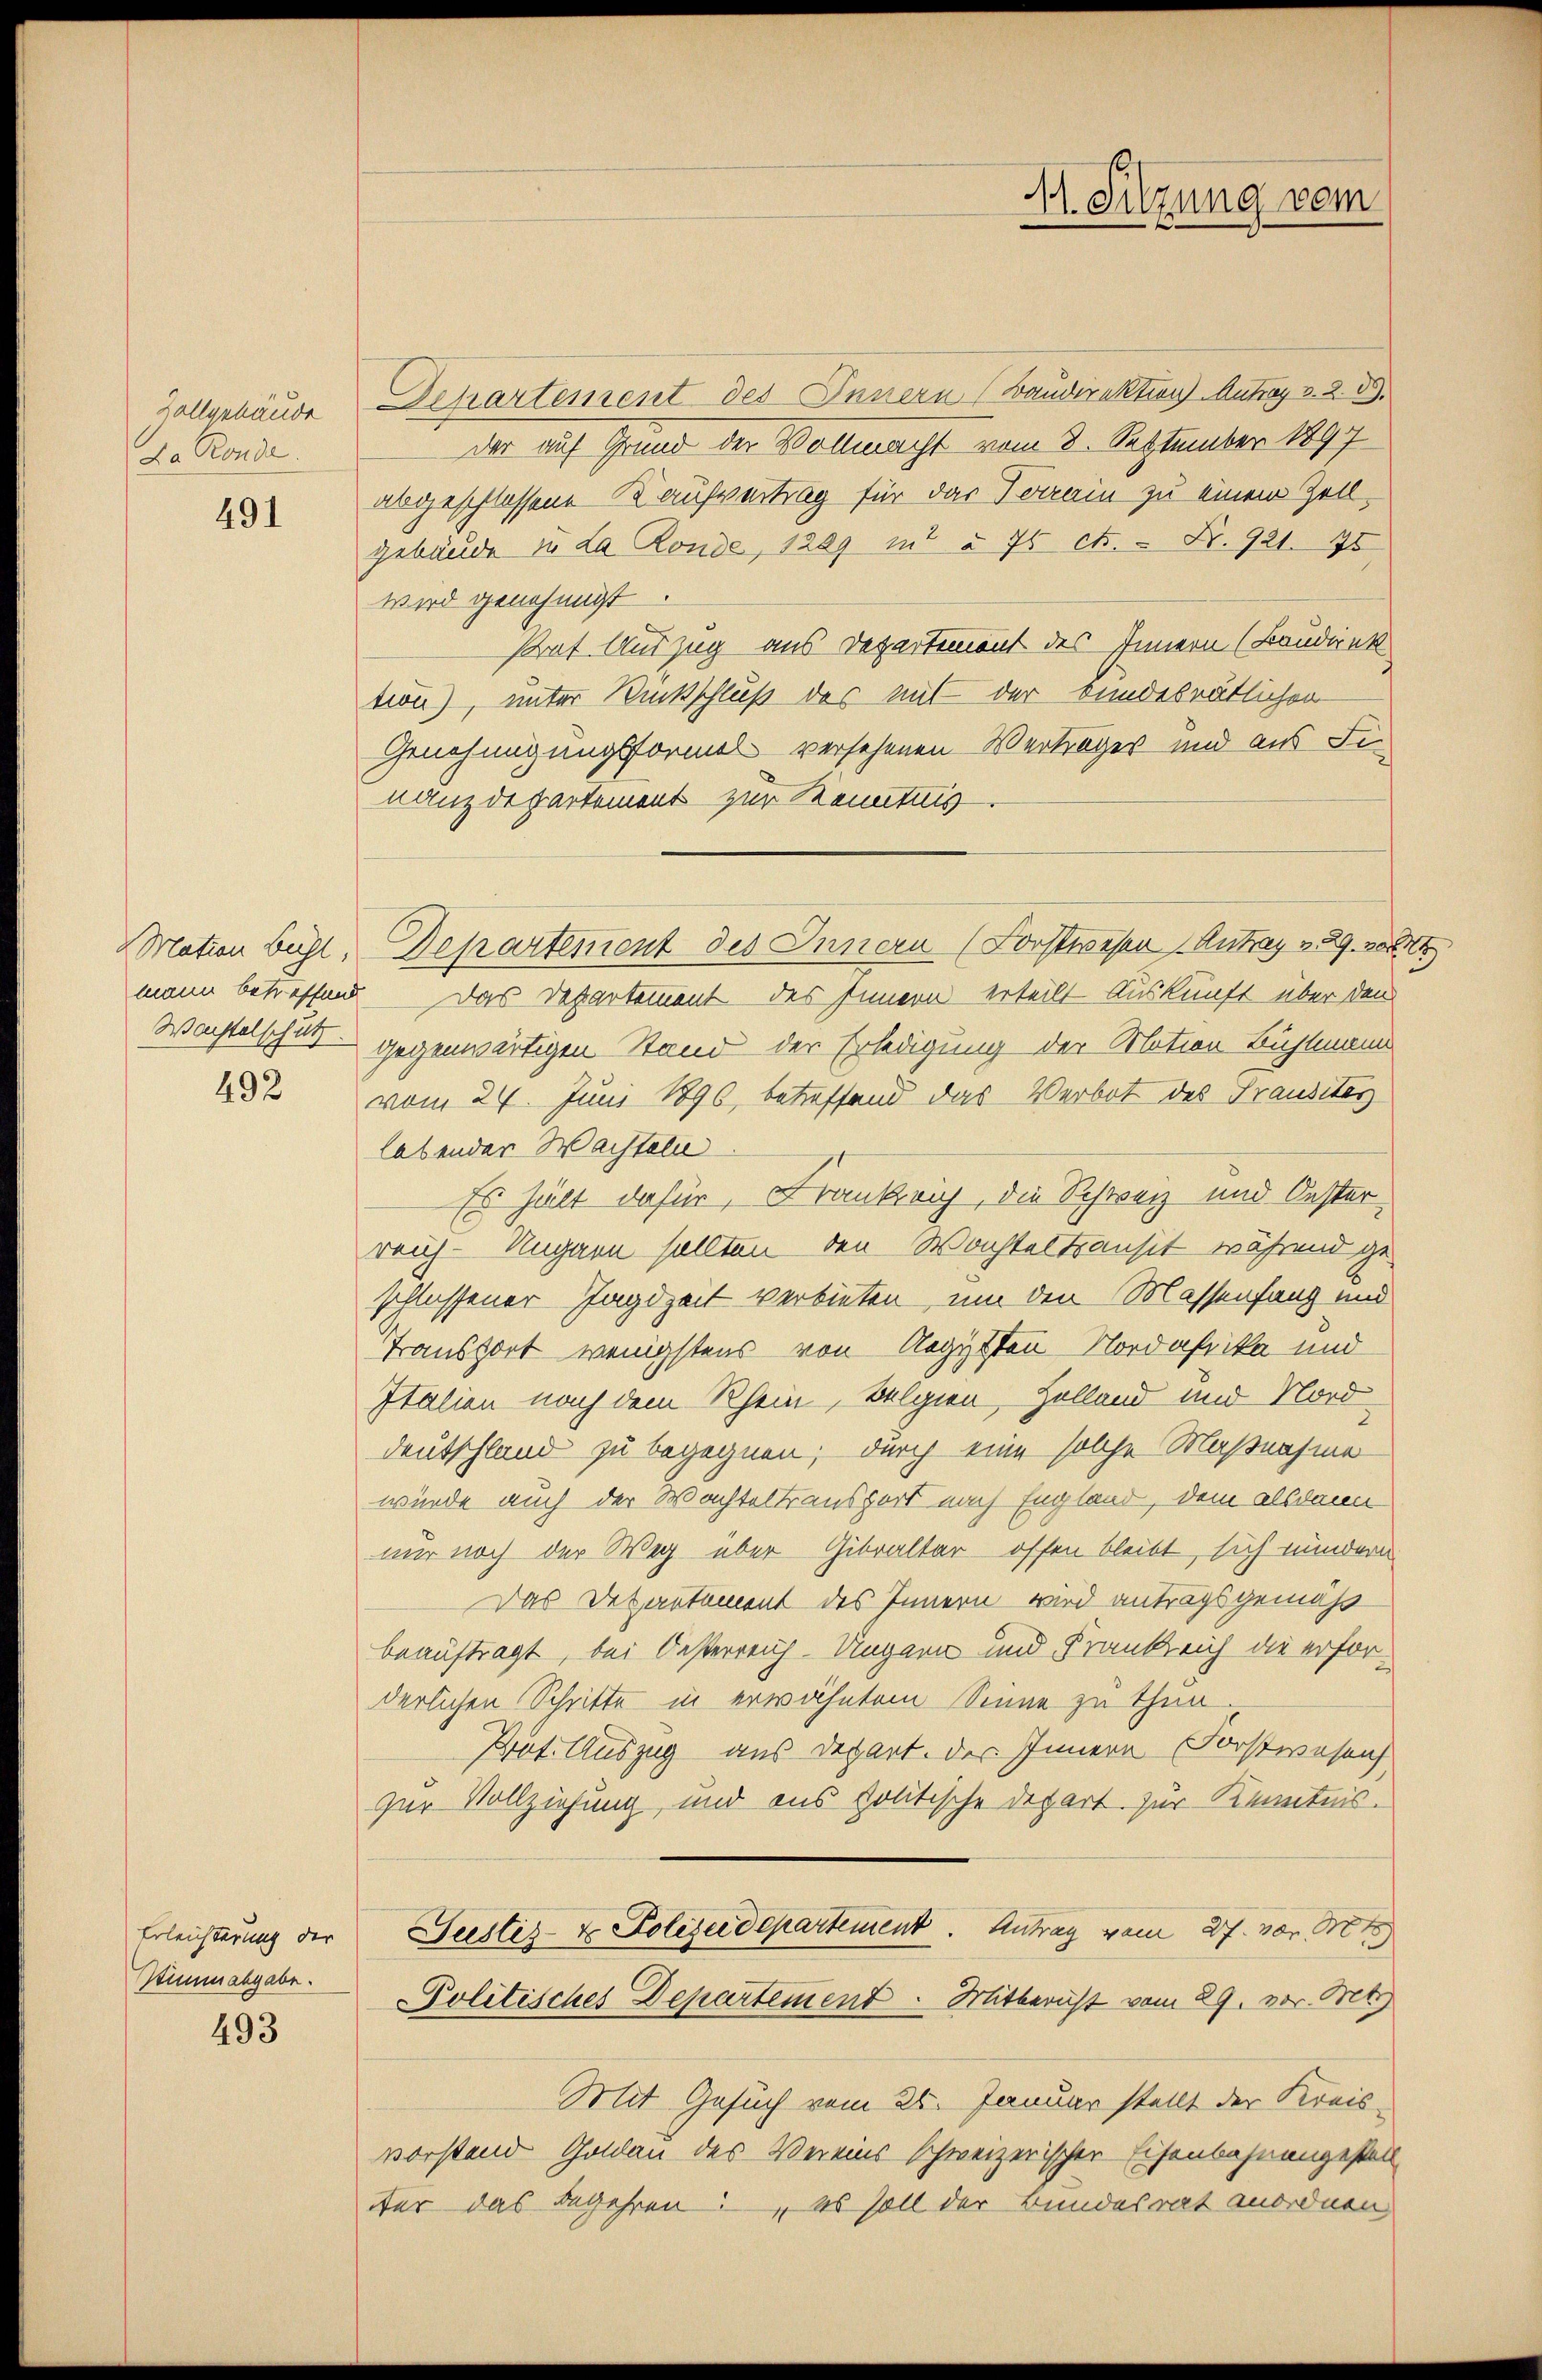
Zallgebäude
La Ronde

491

Mation Bühl,
Wachtelschutz.

492

Erleichterung der
Zummabgabe.

493

Departement des Innern (Baudirektion Antrag v. 2. 39.
der auf Grund der Vollmacht vom 3. September 1897
abgeschlossene Kaufvertrag für das Vorrain zu einem Zellgebäude zu La Ronde, 1209 in § 75 cts. - No. 921. 75
wird genehmigt.
strat Auszug aus Departement des Innern (Baudirek
tion), unter Rückschluß des mit der bundesrätlichen
Genehmigungsformel versehenen Verträger und aus Innanzdepartement zur Kenntnis
Departement des Innern (Forstweser Antrag 289. 208
mann betreffend – Das Departement des Innern erteilt Auskunft über den
gegenwärtigen Stand der Erledigung der Motion Bühlmann
vom 24. Juni 1896, betreffend das Verbot des Trausités
labender Wachteln
Es hält dafür, Krankrich, die Schweiz und Oesterreich-Ungarn sollten den Wachtes transit während ge-
schlossener Jagdzeit verbieten, um den Massenfang und
Transport wenigstens von Aegypten Nordafrika und
Italien nach dem Rhein, Belgien, Holland und Nord¬
Deutschland zu begegnen; durch eine solche Maßnahme
würde auch der Wachteltransport nach England, dem alsdann
nur noch der Weg über Gibraltar offen bleibt, sich mindern
Das Departement des Innern wird antragsgemäß
beauftragt, bei Oesterreich-Ungarn und Frankreich die erforderlichen Schritte in erwähntem Sinne zu thun.
Prät. Auszug aus Depart. des Innern Forstwesenh
zur Vollziehung und aus politische Depart zur Kenntnis.
Justiz- & Polizeidepartement. Antrag vom 27. vor. Mt
Politisches Departement. Mitbericht vom 29. vor. Bet
Mit Gesuch vom 25. Januar stellt der Kreis-
vorstand Goldau des Vereins schweizerischer Eisenbahnangestell
der das begehren: es soll der Bundesrat anordnen,

11. Sitzung vom